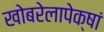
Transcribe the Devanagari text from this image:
खोबरेलापेक्षां